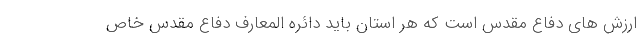
ارزش های دفاع مقدس است که هر استان باید دائره المعارف دفاع مقدس خاص